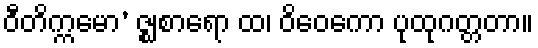
ဝီတိက္ကမော’ ဇ္ဈစာရော ထ၊ ဝိဝေကော ပုထုဂတ္တတာ။